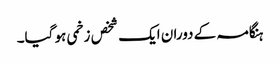
ہنگامہ کے دوران ایک شخص زخمی ہو گیا۔